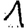
Digit: 1